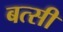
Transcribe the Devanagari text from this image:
बत्सी